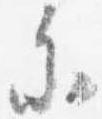
参